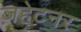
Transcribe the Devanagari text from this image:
ज़हेटनर